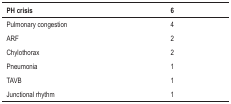
<table><thead><tr><td><b>PH crisis</b></td><td><b>6</b></td></tr></thead><tbody><tr><td>Pulmonary congestion</td><td>4</td></tr><tr><td>ARF</td><td>2</td></tr><tr><td>Chylothorax</td><td>2</td></tr><tr><td>Pneumonia</td><td>1</td></tr><tr><td>TAVB</td><td>1</td></tr><tr><td>Junctional rhythm</td><td>1</td></tr></tbody></table>